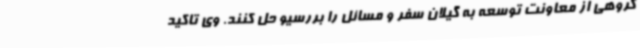
گروهی از معاونت توسعه به گیلان سفر و مسائل را بررسیو حل کنند. وی تاکید